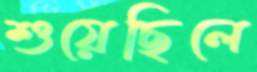
শুয়েছিলে